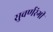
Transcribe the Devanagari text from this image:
सुवर्णरंगी